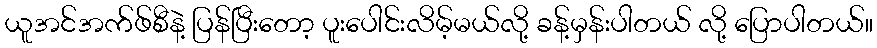
ယူအင်အက်ဖ်စီနဲ့ ပြန်ပြီးတော့ ပူးပေါင်းလိမ့်မယ်လို့ ခန့်မှန်းပါတယ် လို့ ပြောပါတယ်။